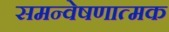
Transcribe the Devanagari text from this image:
समन्वेषणात्मक